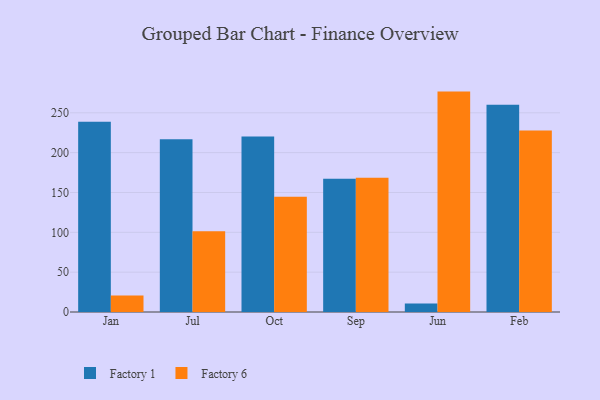
{"axis": {"x": "Month", "y": "Page Views"}, "legend": ["Factory 1", "Factory 6"], "data": [{"x": "Jan", "y": 238.9, "type": "Factory 1"}, {"x": "Jan", "y": 20.7, "type": "Factory 6"}, {"x": "Jul", "y": 216.7, "type": "Factory 1"}, {"x": "Jul", "y": 101.4, "type": "Factory 6"}, {"x": "Oct", "y": 220.1, "type": "Factory 1"}, {"x": "Oct", "y": 144.7, "type": "Factory 6"}, {"x": "Sep", "y": 167.2, "type": "Factory 1"}, {"x": "Sep", "y": 168.5, "type": "Factory 6"}, {"x": "Jun", "y": 10.7, "type": "Factory 1"}, {"x": "Jun", "y": 276.6, "type": "Factory 6"}, {"x": "Feb", "y": 260.0, "type": "Factory 1"}, {"x": "Feb", "y": 227.8, "type": "Factory 6"}]}